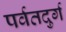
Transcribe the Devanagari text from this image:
पर्वतदुर्ग